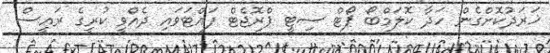
ޚަރަދުކޮށްގެން ހަދާ ކޮލަމްބޯ ޕޯޓް ސިޓީ ޕްރޮޖެޓް ފައްޓަވައި ދެއްވީ ކުރީގެ ރައީސް